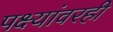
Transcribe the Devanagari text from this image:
पक्ष्यांवरही